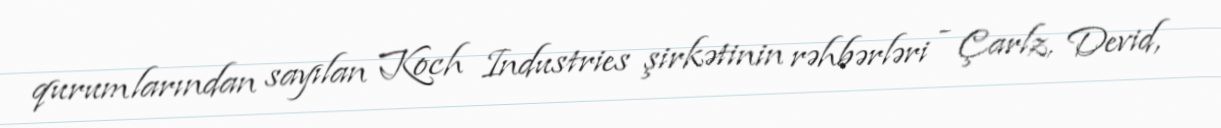
qurumlarından sayılan Koch Industries şirkətinin rəhbərləri - Çarlz, Devid,